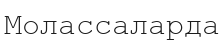
Молассаларда